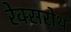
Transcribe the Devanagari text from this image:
रेक्सरोथ